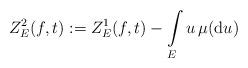
LaTeX: \begin{align*}Z^2_E(f, t) : = Z^1_E(f, t) - \int\limits_E u\, \mu({\rm d}u)\end{align*}